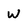
Character: W